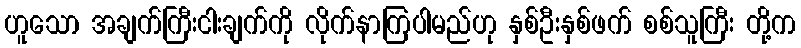
ဟူသော အချက်ကြီးငါးချက်ကို လိုက်နာကြပါမည်ဟု နှစ်ဦးနှစ်ဖက် စစ်သူကြီး တို့က